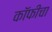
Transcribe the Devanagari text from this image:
कॉफीचा